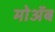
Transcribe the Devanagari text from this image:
मोॲब